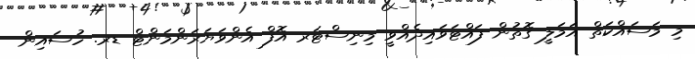
މި މަސައްކަތް އަމަލީ ގޮތުން ފައްޓަވައިދެއްވީ މިނިސްޓަރ އޮފް އެންވަޔަރަންމަންޓް ޑރ. ހުސައިން